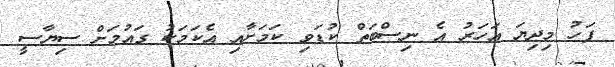
ފަހު މިދިޔަ އަހަރު އެ ނިސްބަތް ކުޑަވި ކަމަށާއި އެކަމަކު ގައުމަށް ސިޔާސީ